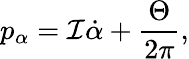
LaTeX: p_{\alpha}={\cal I}\dot{\alpha}+\frac{\Theta}{2\pi},